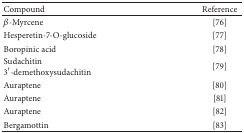
| Compound | Reference |
 | --- | --- |
 | β-Myrcene | [76] |
 | Hesperetin-7-O-glucoside | [77] |
 | Boropinic acid | [78] |
 | Sudachitin3′-demethoxysudachitin | [79] |
 | Auraptene | [80] |
 | Auraptene | [81] |
 | Auraptene | [82] |
 | Bergamottin | [83] |